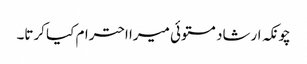
چونکہ ارشاد مستوئی میرا احترام کیا کرتا۔